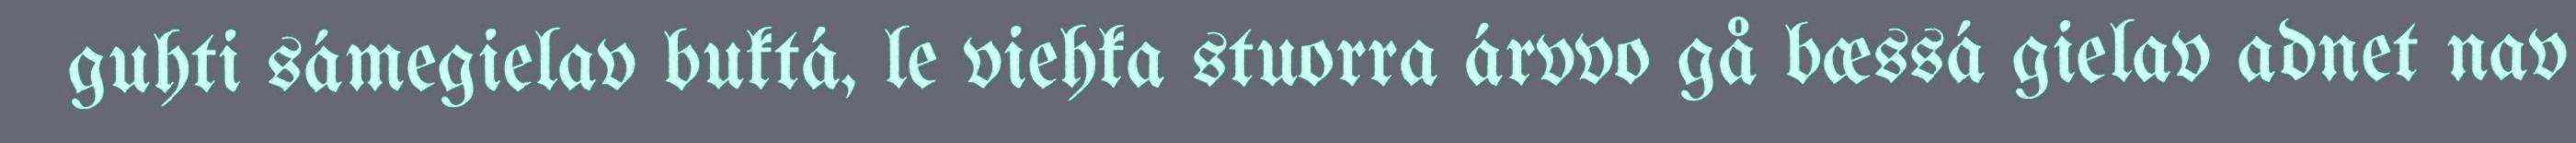
guhti sámegielav buktá, le viehka stuorra árvvo gå bæssá gielav adnet nav